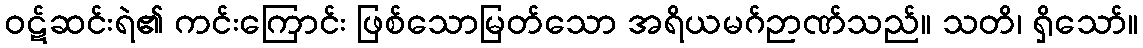
ဝဋ်ဆင်းရဲ၏ ကင်းကြောင်း ဖြစ်သောမြတ်သော အရိယမဂ်ဉာဏ်သည်။ သတိ၊ ရှိသော်။